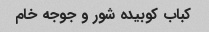
کباب کوبیده شور و جوجه خام